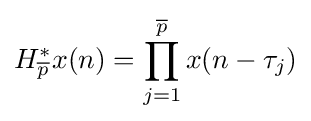
H_{\overline {p}}^{*}x(n)=\prod _{j=1}^{\overline {p}}x(n-\tau _{j})